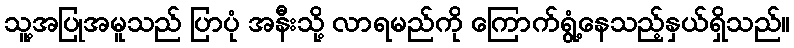
သူ့အပြုအမူသည် ပြာပုံ အနီးသို့ လာရမည်ကို ကြောက်ရွံ့နေသည့်နှယ်ရှိသည်။